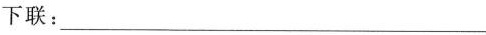
下联：___